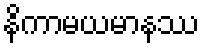
နိကာမယမာနဿ